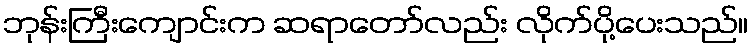
ဘုန်းကြီးကျောင်းက ဆရာတော်လည်း လိုက်ပို့ပေးသည်။